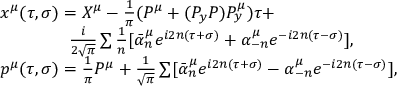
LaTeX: \begin{array} { l } { { \qquad x ^ { \mu } ( \tau , \sigma ) = X ^ { \mu } - \frac 1 { \pi } ( P ^ { \mu } + ( P _ { y } P ) P _ { y } ^ { \mu } ) \tau + } } \\ { { \qquad \qquad \qquad \frac i { 2 \sqrt \pi } \sum \frac 1 n [ \bar { \alpha } _ { n } ^ { \mu } e ^ { i 2 n ( \tau + \sigma ) } + \alpha _ { - n } ^ { \mu } e ^ { - i 2 n ( \tau - \sigma ) } ] , } } \\ { { \qquad p ^ { \mu } ( \tau , \sigma ) = \frac 1 { \pi } P ^ { \mu } + \frac 1 { \sqrt \pi } \sum [ \bar { \alpha } _ { n } ^ { \mu } e ^ { i 2 n ( \tau + \sigma ) } - \alpha _ { - n } ^ { \mu } e ^ { - i 2 n ( \tau - \sigma ) } ] , } } \end{array}